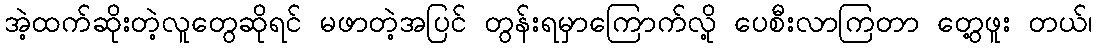
အဲ့ထက်ဆိုးတဲ့လူတွေဆိုရင် မဖာတဲ့အပြင် တွန်းရမှာကြောက်လို့ ပေစီးလာကြတာ တွေ့ဖူး တယ်၊